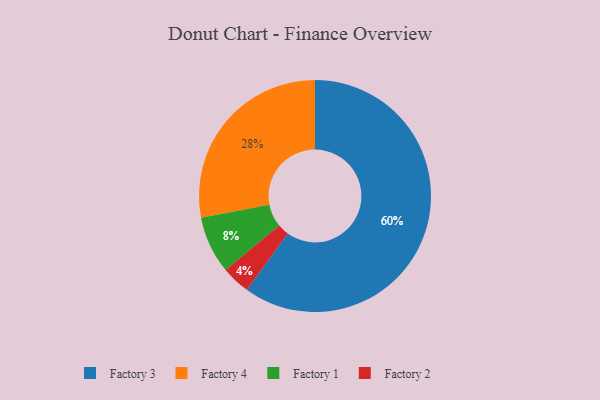
{"axis": {"x": "Category", "y": "Percentage"}, "legend": ["Factory 1", "Factory 2", "Factory 3", "Factory 4"], "data": [{"x": "Factory 4", "y": 28, "type": "Factory 4"}, {"x": "Factory 1", "y": 8, "type": "Factory 1"}, {"x": "Factory 2", "y": 4, "type": "Factory 2"}, {"x": "Factory 3", "y": 60, "type": "Factory 3"}]}